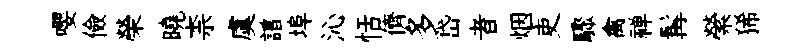
嚶儉榮曉柰虞譜埠沁恬儕多岱者烟吏驟禽禅髯縈狶